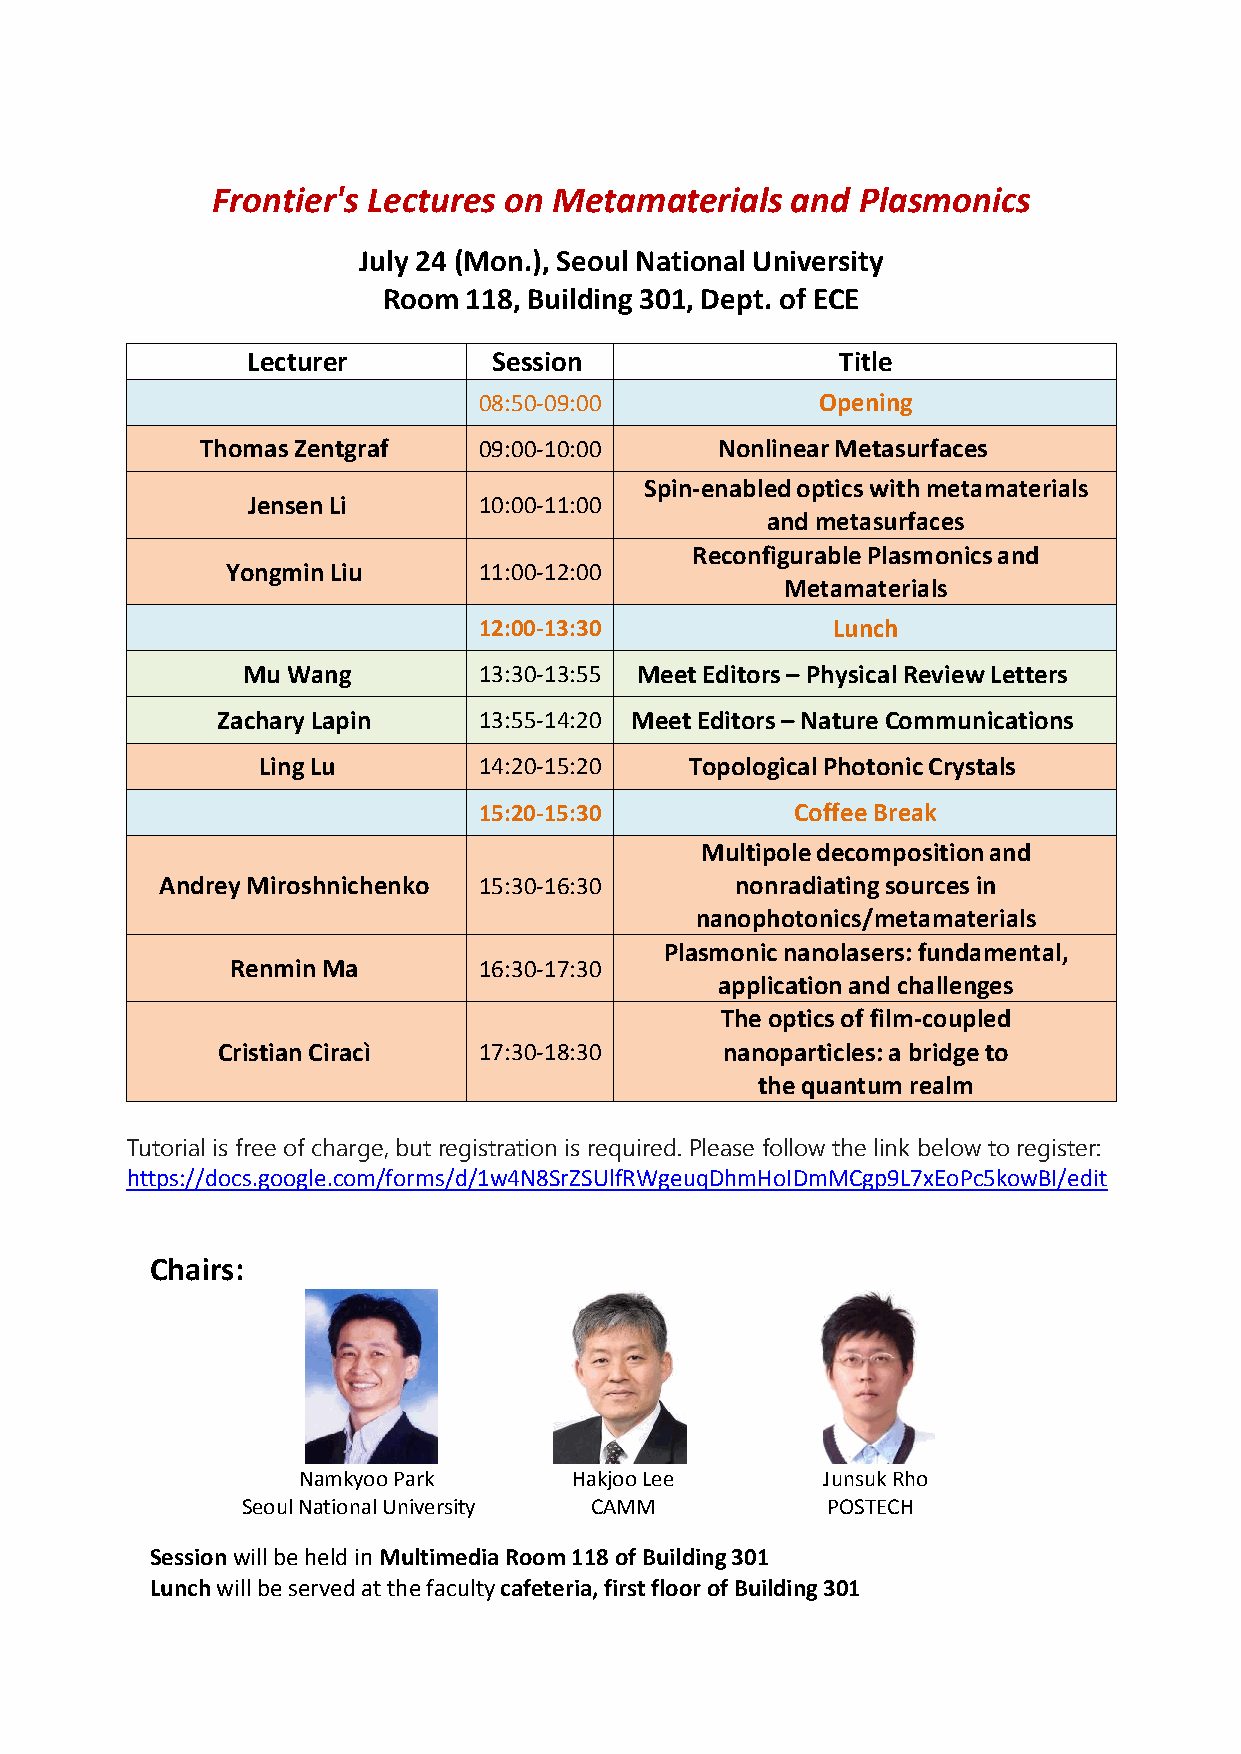
Frontier's Lectures on Metamaterials  and  Plasmonics
 July 24 (Mon.), Seoul National University
 Room  118, Building 301, Dept. of ECE
 Lecturer         Session                Title
 08:50-09:00           Opening
 Thomas Zentgraf    09:00-10:00     Nonlinear Metasurfaces
 Spin-enabled optics with metamaterials
 Jensen Li       10:00-11:00
 and metasurfaces
 Reconfigurable Plasmonics and
 Yongmin Liu      11:00-12:00
 Metamaterials
 12:00-13:30            Lunch
 Mu Wang         13:30-13:55 Meet Editors – Physical Review Letters
 Zachary Lapin     13:55-14:20 Meet Editors – Nature Communications
 Ling Lu        14:20-15:20   Topological Photonic Crystals
 15:20-15:30          Coffee Break
 Multipole decomposition and
 Andrey Miroshnichenko 15:30-16:30     nonradiating sources in
 nanophotonics/metamaterials
 Plasmonic nanolasers: fundamental,
 Renmin Ma        16:30-17:30
 application and challenges
 The optics of film-coupled
 Cristian Ciracì   17:30-18:30     nanoparticles: a bridge to
 the quantum realm
 Tutorial is free of charge, but registration is required. Please follow the link below to register:
 https://docs.google.com/forms/d/1w4N8SrZSUlfRWgeuqDhmHoIDmMCgp9L7xEoPc5kowBI/edit
 Chairs:
 Namkyoo Park      Hakjoo Lee      Junsuk Rho
 Seoul National University CAMM         POSTECH
 Session will be held in Multimedia Room 118 of Building 301
 Lunch will be served at the faculty cafeteria, first floor of Building 301